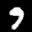
Label: 9